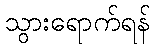
သွားရောက်ရန်